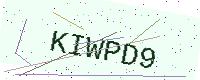
Text: KIWPD9